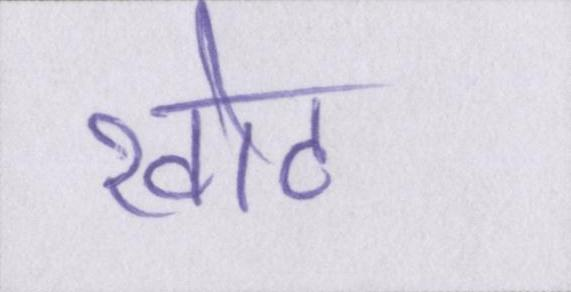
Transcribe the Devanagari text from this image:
खोट